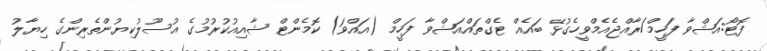
ފޮޓޯ:އަޝްވާ ފަހީމް/ރާއްޖެއެމްވީހެގުޅޭ ބައެއް ޓެގްތައްއަޝްވާ ފަހީމް (އައްވަ) ކޮމެންޓް ޝާއިއުކުރުމުގެ އުސޫލުކިޔުންތެރިންގެ ހިޔާލު